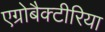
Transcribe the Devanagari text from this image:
एग्रोबैक्टीरिया